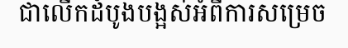
ជាលើកដំបូងបង្អស់អំពីការសម្រេច